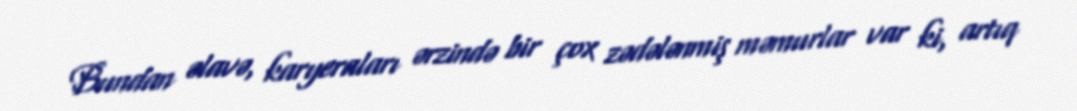
Bundan əlavə, karyeraları ərzində bir çox zədələnmiş məmurlar var ki, artıq